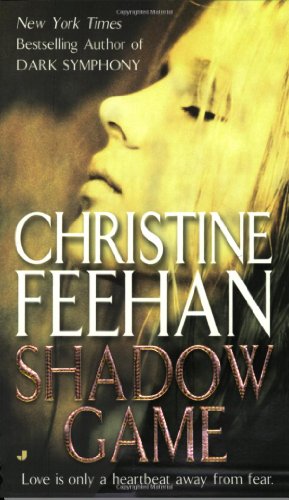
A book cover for Shadow Game (GhostWalkers, Book 1); Christine Feehan; Romance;